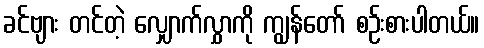
ခင်ဗျား တင်တဲ့ လျှောက်လွှာကို ကျွန်တော် စဉ်းစားပါတယ်။